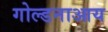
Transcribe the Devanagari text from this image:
गोल्डनाआय